Indian journal of veterinary science and animal husbandry - Volume 9,
Year: 1939
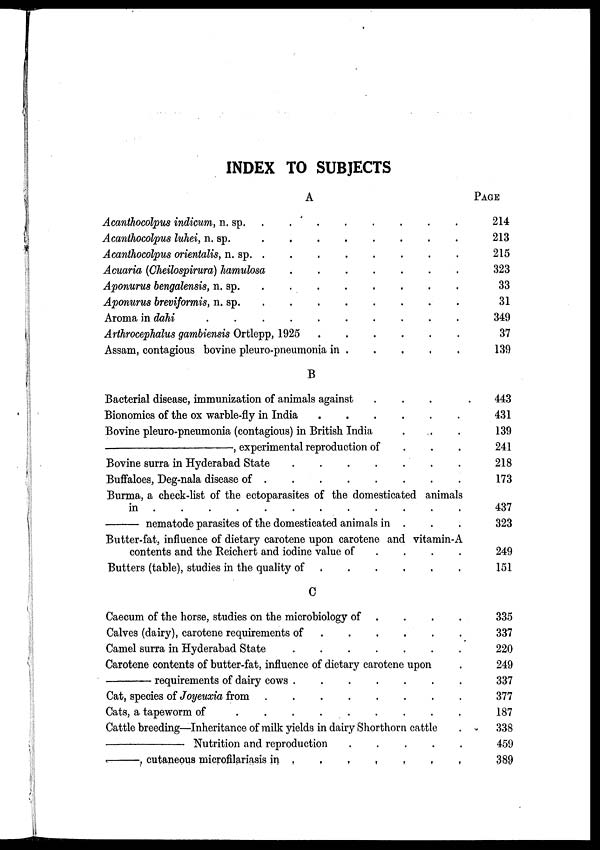
INDEX TO SUBJECTS
A
Acanthocolpus indicum, n. sp. . . . . . . . .
Acanthocolpus luhei, n. sp.
.
.
.
.
.
.
.
.
Acanthocolpus orientalis, n. sp.
.
.
.
.
.
.
.
.
Acuaria (Cheilospirura) hamulosa . . . . . . . .
Aponurus bengalensis, n. sp. . . . . . . . .
Aponurus breviformis, n. sp.
.
.
.
.
.
.
.
.
Aroma in dahi
.
.
.
.
.
.
.
.
.
.
Arthrocephalus gambiensis Ortlepp, 1925 . . . . . .
Assam, contagious bovine pleuro-pneumonia in . . . . .
B
Bacterial disease, immunization of animals against . . .
Bionomics of the ox warble-fly in India . . . . . .
Bovine pleuro-pneumonia (contagious) in British India . . .
—,
experimental reproduction of . . .
Bovine surra in Hyderabad State
.
.
.
.
.
.
.
.
Buffaloes, Deg-nala disease of
.
.
.
.
.
.
.
.
Burma, a check-list of the ectoparasites of the domesticated animals
in . . . . . . . . . . . . . . .
—
nematode parasites of the domesticated animals in . . .
Butter-fat, influence of dietary carotene upon carotene and vitamin-A
contents and the Reichert and iodine value of . . . .
Butters (table), studies in the quality of . . . . . .
C
Caecum of the horse, studies on the microbiology of . . . .
Calves (dairy), carotene requirements of . . . . . .
Camel surra in Hyderabad State . . . . . .
Carotene contents of butter-fat, influence of dietary carotene upon .
—
requirements of dairy cows . . . . . . . .
Cat, species of Joyeuxia from
.
.
.
.
.
.
.
.
.
Cats, a tapeworm of
.
.
.
.
.
.
.
.
.
.
Cattle breeding—Inheritance of milk yields in dairy Shorthorn cattle .
—
Nutrition and reproduction . . . . .
—,
cutaneous microfilariasis in
.
.
.
.
.
.
.
.
PAGE
214
213
215
323
33
31
349
37
139
443
431
139
241
218
173
437
323
249
151
335
337
220
249
337
377
187
338
459
389